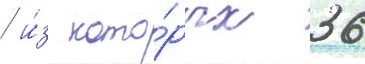
/ и́з кото́рых 36